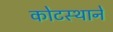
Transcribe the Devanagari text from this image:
कोटस्थाने